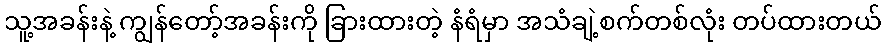
သူ့အခန်းနဲ့ ကျွန်တော့်အခန်းကို ခြားထားတဲ့ နံရံမှာ အသံချဲ့စက်တစ်လုံး တပ်ထားတယ်